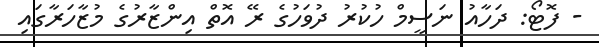
- ފޮޓޯ: ދަހާއު ނަސީމް ހުކުރު ދުވަހުގެ ރޭ އޮތް އިންޒާރުގެ މުޒާހަރާގައި